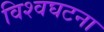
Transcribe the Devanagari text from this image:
विश्वघटना